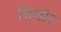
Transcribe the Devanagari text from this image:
शिशीर